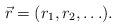
\begin{align*}\vec{r} = (r_1, r_2, \ldots ) . \end{align*}